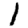
Digit: 1